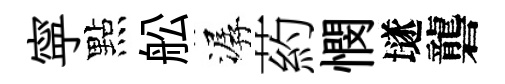
寜點舩潺葯憫𡑞礱